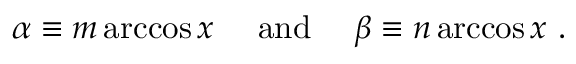
\alpha \equiv m \operatorname { a r c c o s } x \quad { \mathrm { ~ a n d ~ } } \quad \beta \equiv n \operatorname { a r c c o s } x ~ .